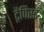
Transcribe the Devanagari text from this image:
ट्रैपिस्ट